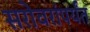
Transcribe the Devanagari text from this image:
सरोवरांपर्यंत